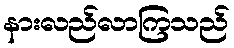
နားလည်လာကြသည်